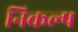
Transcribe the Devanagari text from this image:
निकल्प